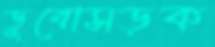
ডুবোসড়ক